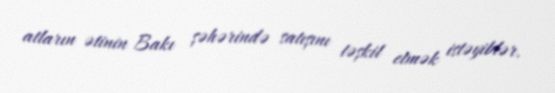
atların ətinin Bakı şəhərində satışını təşkil etmək istəyiblər.